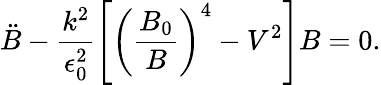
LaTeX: \ddot{B}-\frac{k^{2}}{\epsilon_{0}^{2}}\left[\left(\frac{B_{0}}{B}\right)^{4}-V^{2}\right]B=0.